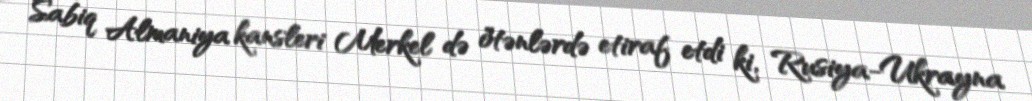
Sabiq Almaniya kansleri Merkel də ötənlərdə etiraf etdi ki, Rusiya-Ukrayna